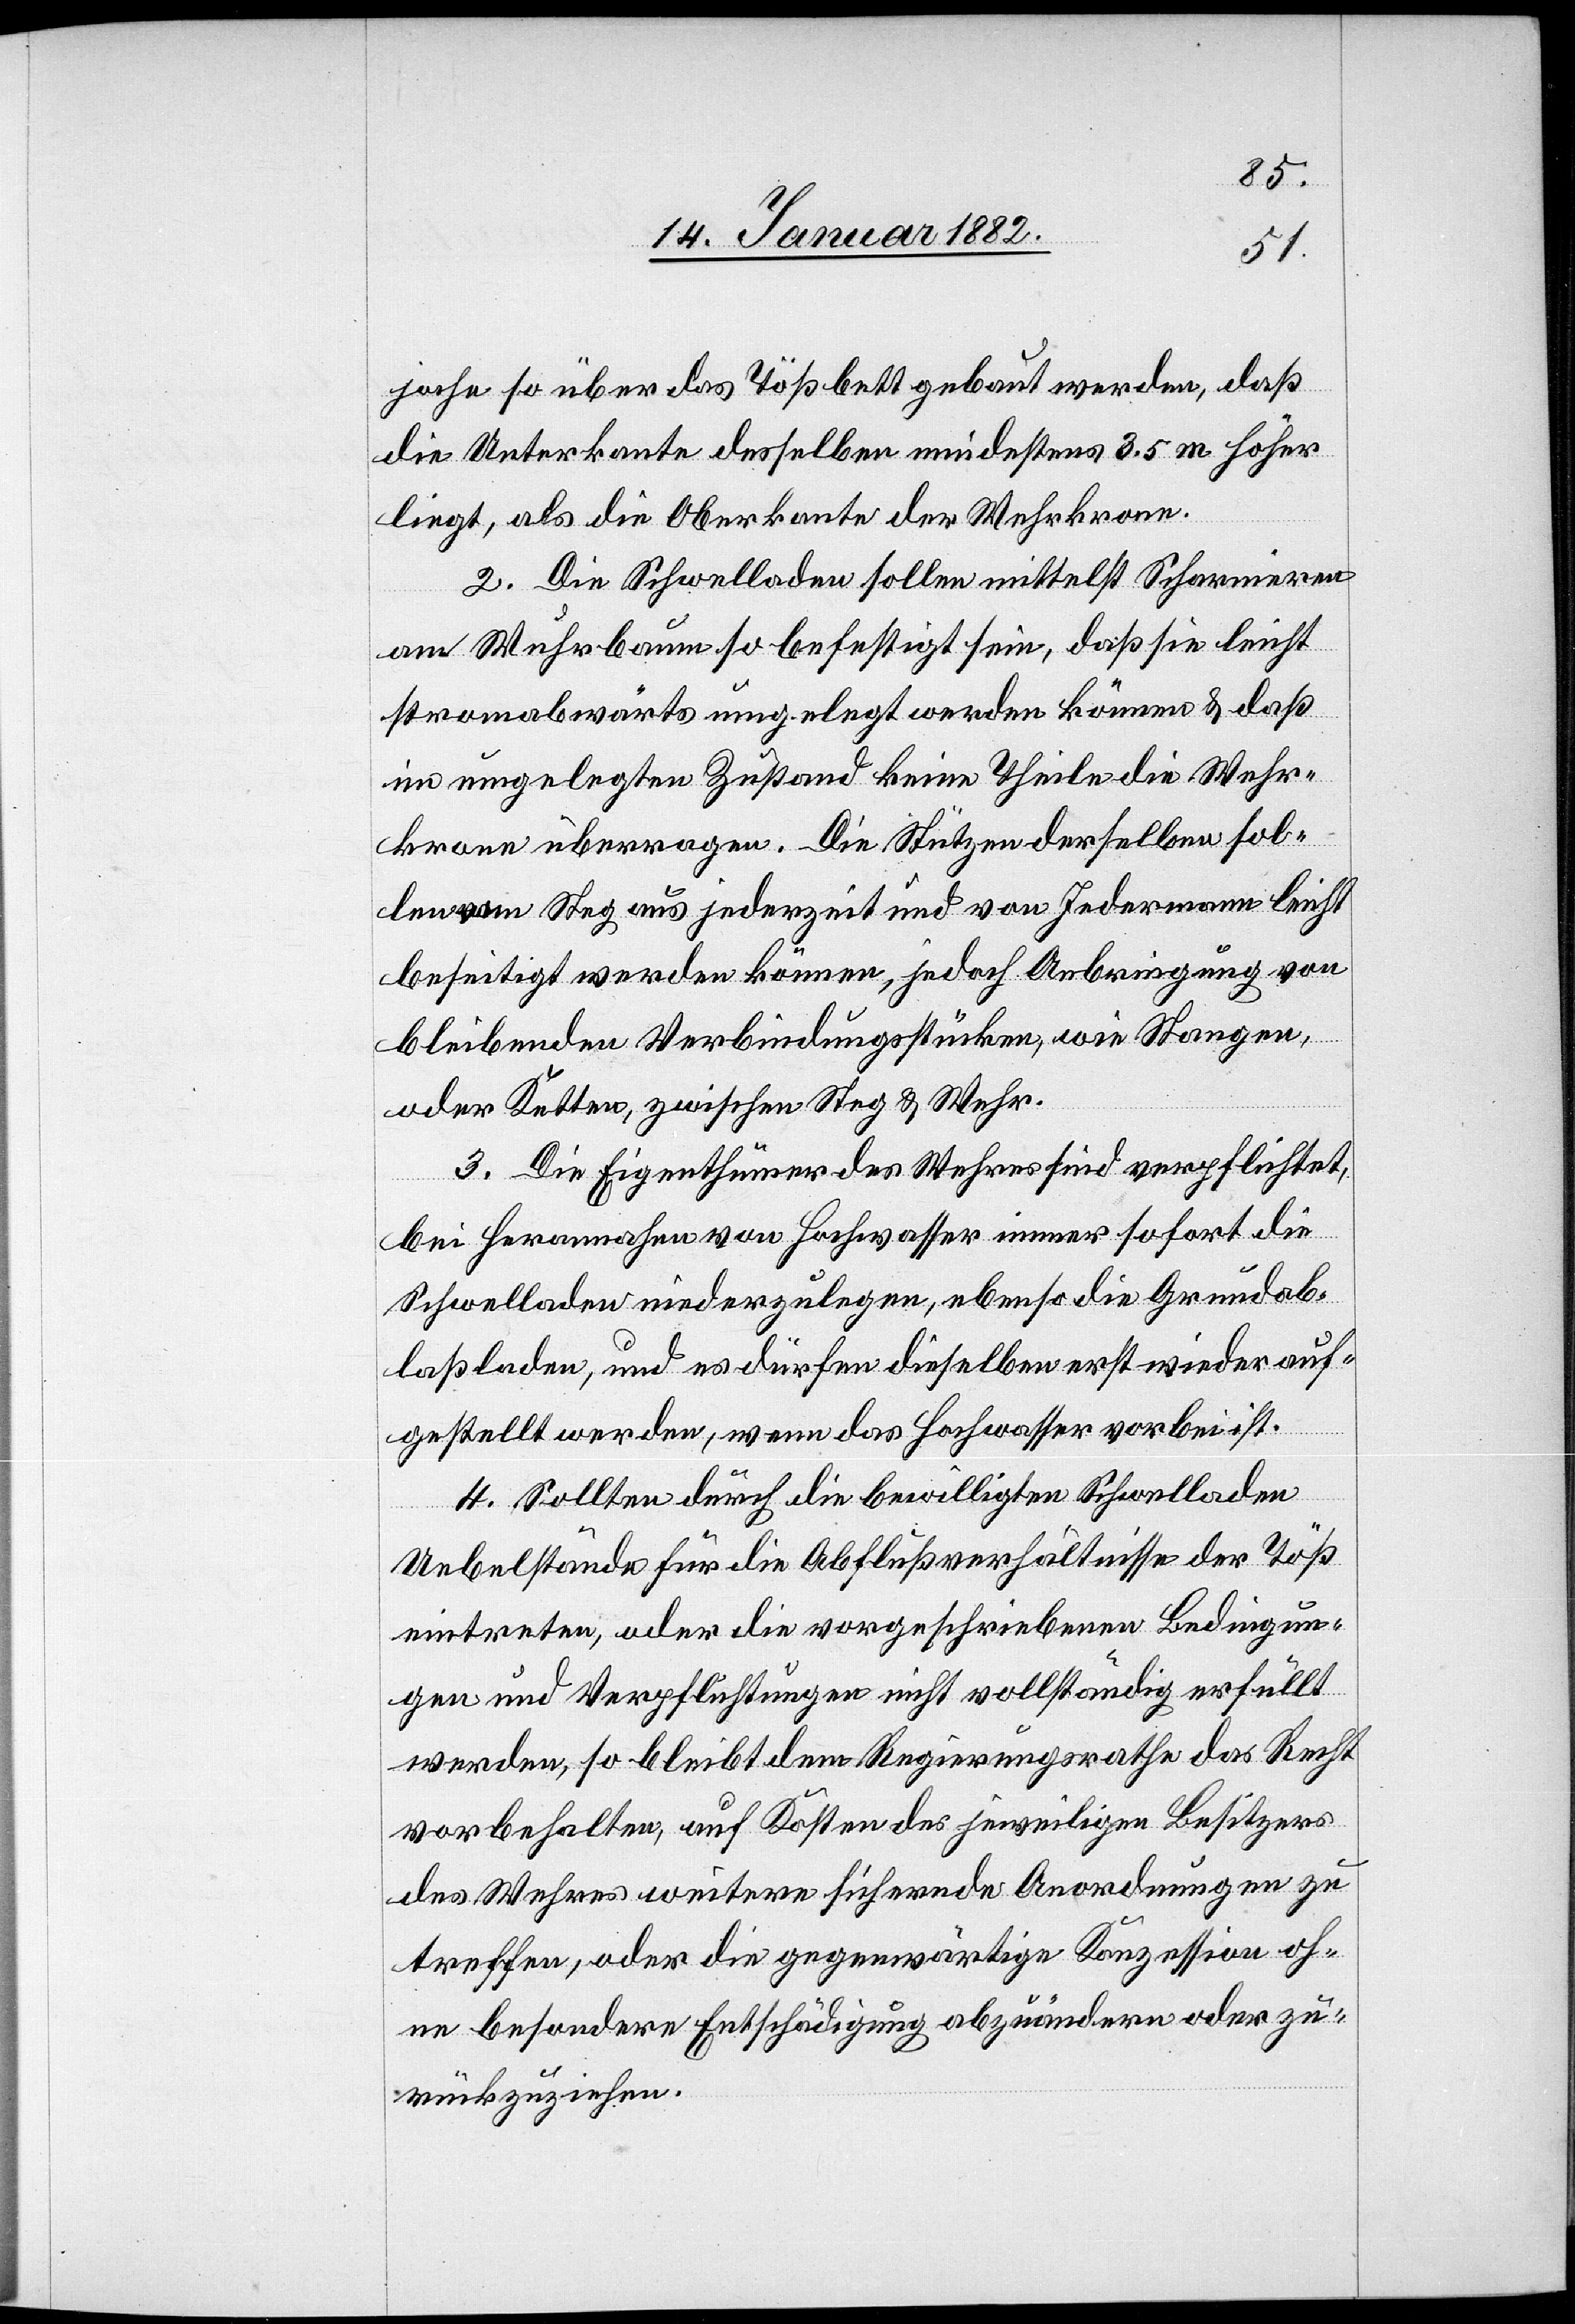
joche so über das Tößbett gebaut werden, daß
sie Unterkante desselben mindestens 3.5 m höher
liegt, als die Oberkante der Wehrkrone.
2. Die Schwelladen sollen mittelst Scharnieren
am Wuhrbaum so befestigt sein, daß sie leicht
stromabwärts umgelegt werden können & daß
im umgelegten Zustand keine Theile die Wehr¬
krone überragen. Die Stützen derselben sol¬
len vom Steg aus jederzeit und von Jedermann leicht
beseitigt werden können, jedoch Anbringung von
bleibenden Verbindungsstücken, wie Stangen,
oder Ketten zwischen Steg & Wehr.
3. Die Eigenthümer des Wehres sind verpflichtet,
bei Herannahen von Hochwasser immer sofort die
Schwelladen niederzulegen, ebenso die Grundab¬
laßladen, und es dürfen dieselben erst wieder auf¬
gestellt werden, wenn das Hochwasser vorbei ist.
4. Sollten durch die bewilligten Schwelladen
Uebelstände für die Abflußverhältnisse der Töß
eintreten, oder die vorgeschriebenen Bedingun¬
gen und Verpflichtungen nicht vollständig erfüllt
werden, so bleibt dem Regierungsrathe das Recht
vorbehalten, auf Kosten des jeweiligen Besitzers
des Wehres weitere sichernde Anordnungen zu
treffen, oder die gegenwärtige Konzession oh¬
ne besondere Entschädigung abzuändern oder zu¬
rückzuziehen.